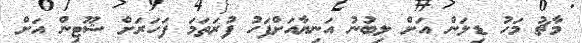
މާޗު މަހު ޑިލަން އަށް ލިބުނު އަނިޔާއަށްފަހު ފުރަތަމަ ފަހަރަށް ޝޫޓިން އަށް